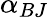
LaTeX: \alpha_{BJ}